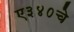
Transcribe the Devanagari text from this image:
ए३४०चे